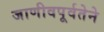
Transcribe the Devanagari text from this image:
जाणीवपूर्वतेने